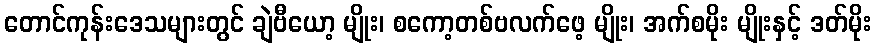
တောင်ကုန်းဒေသများတွင် ချဲဗီယော့ မျိုး၊ စကော့တစ်ဗလက်ဖေ့ မျိုး၊ အက်စမိုး မျိုးနှင့် ဒတ်မိုး